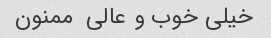
خیلی خوب و عالی  ممنون